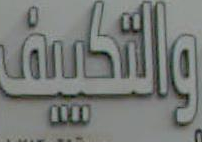
والتكييف